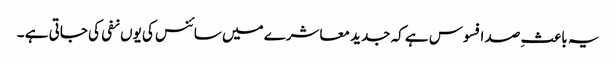
یہ باعثِ صد افسوس ہے کہ جدید معاشرے میں سائنس کی یوں نفی کی جاتی ہے ۔